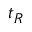
t _ { R }